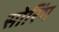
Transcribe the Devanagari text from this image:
सोरिंग